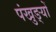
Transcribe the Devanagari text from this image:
पंखुङ्यों